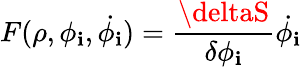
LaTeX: F(\rho,\phi_{\mathbf{i}},\dot{{\phi_{\mathbf{i}}}})={\frac{{\deltaS}}{{\delta\phi_{\mathbf{i}}}}}\dot{{\phi_{\mathbf{i}}}}